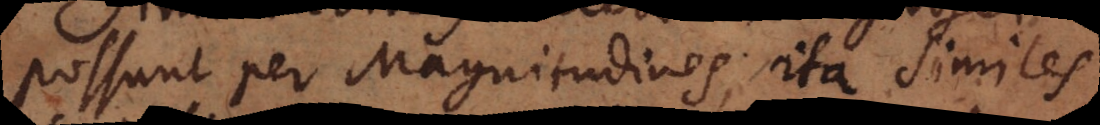
possunt per Magnitudines; ita similes